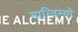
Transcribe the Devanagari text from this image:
मान्दिन्गो